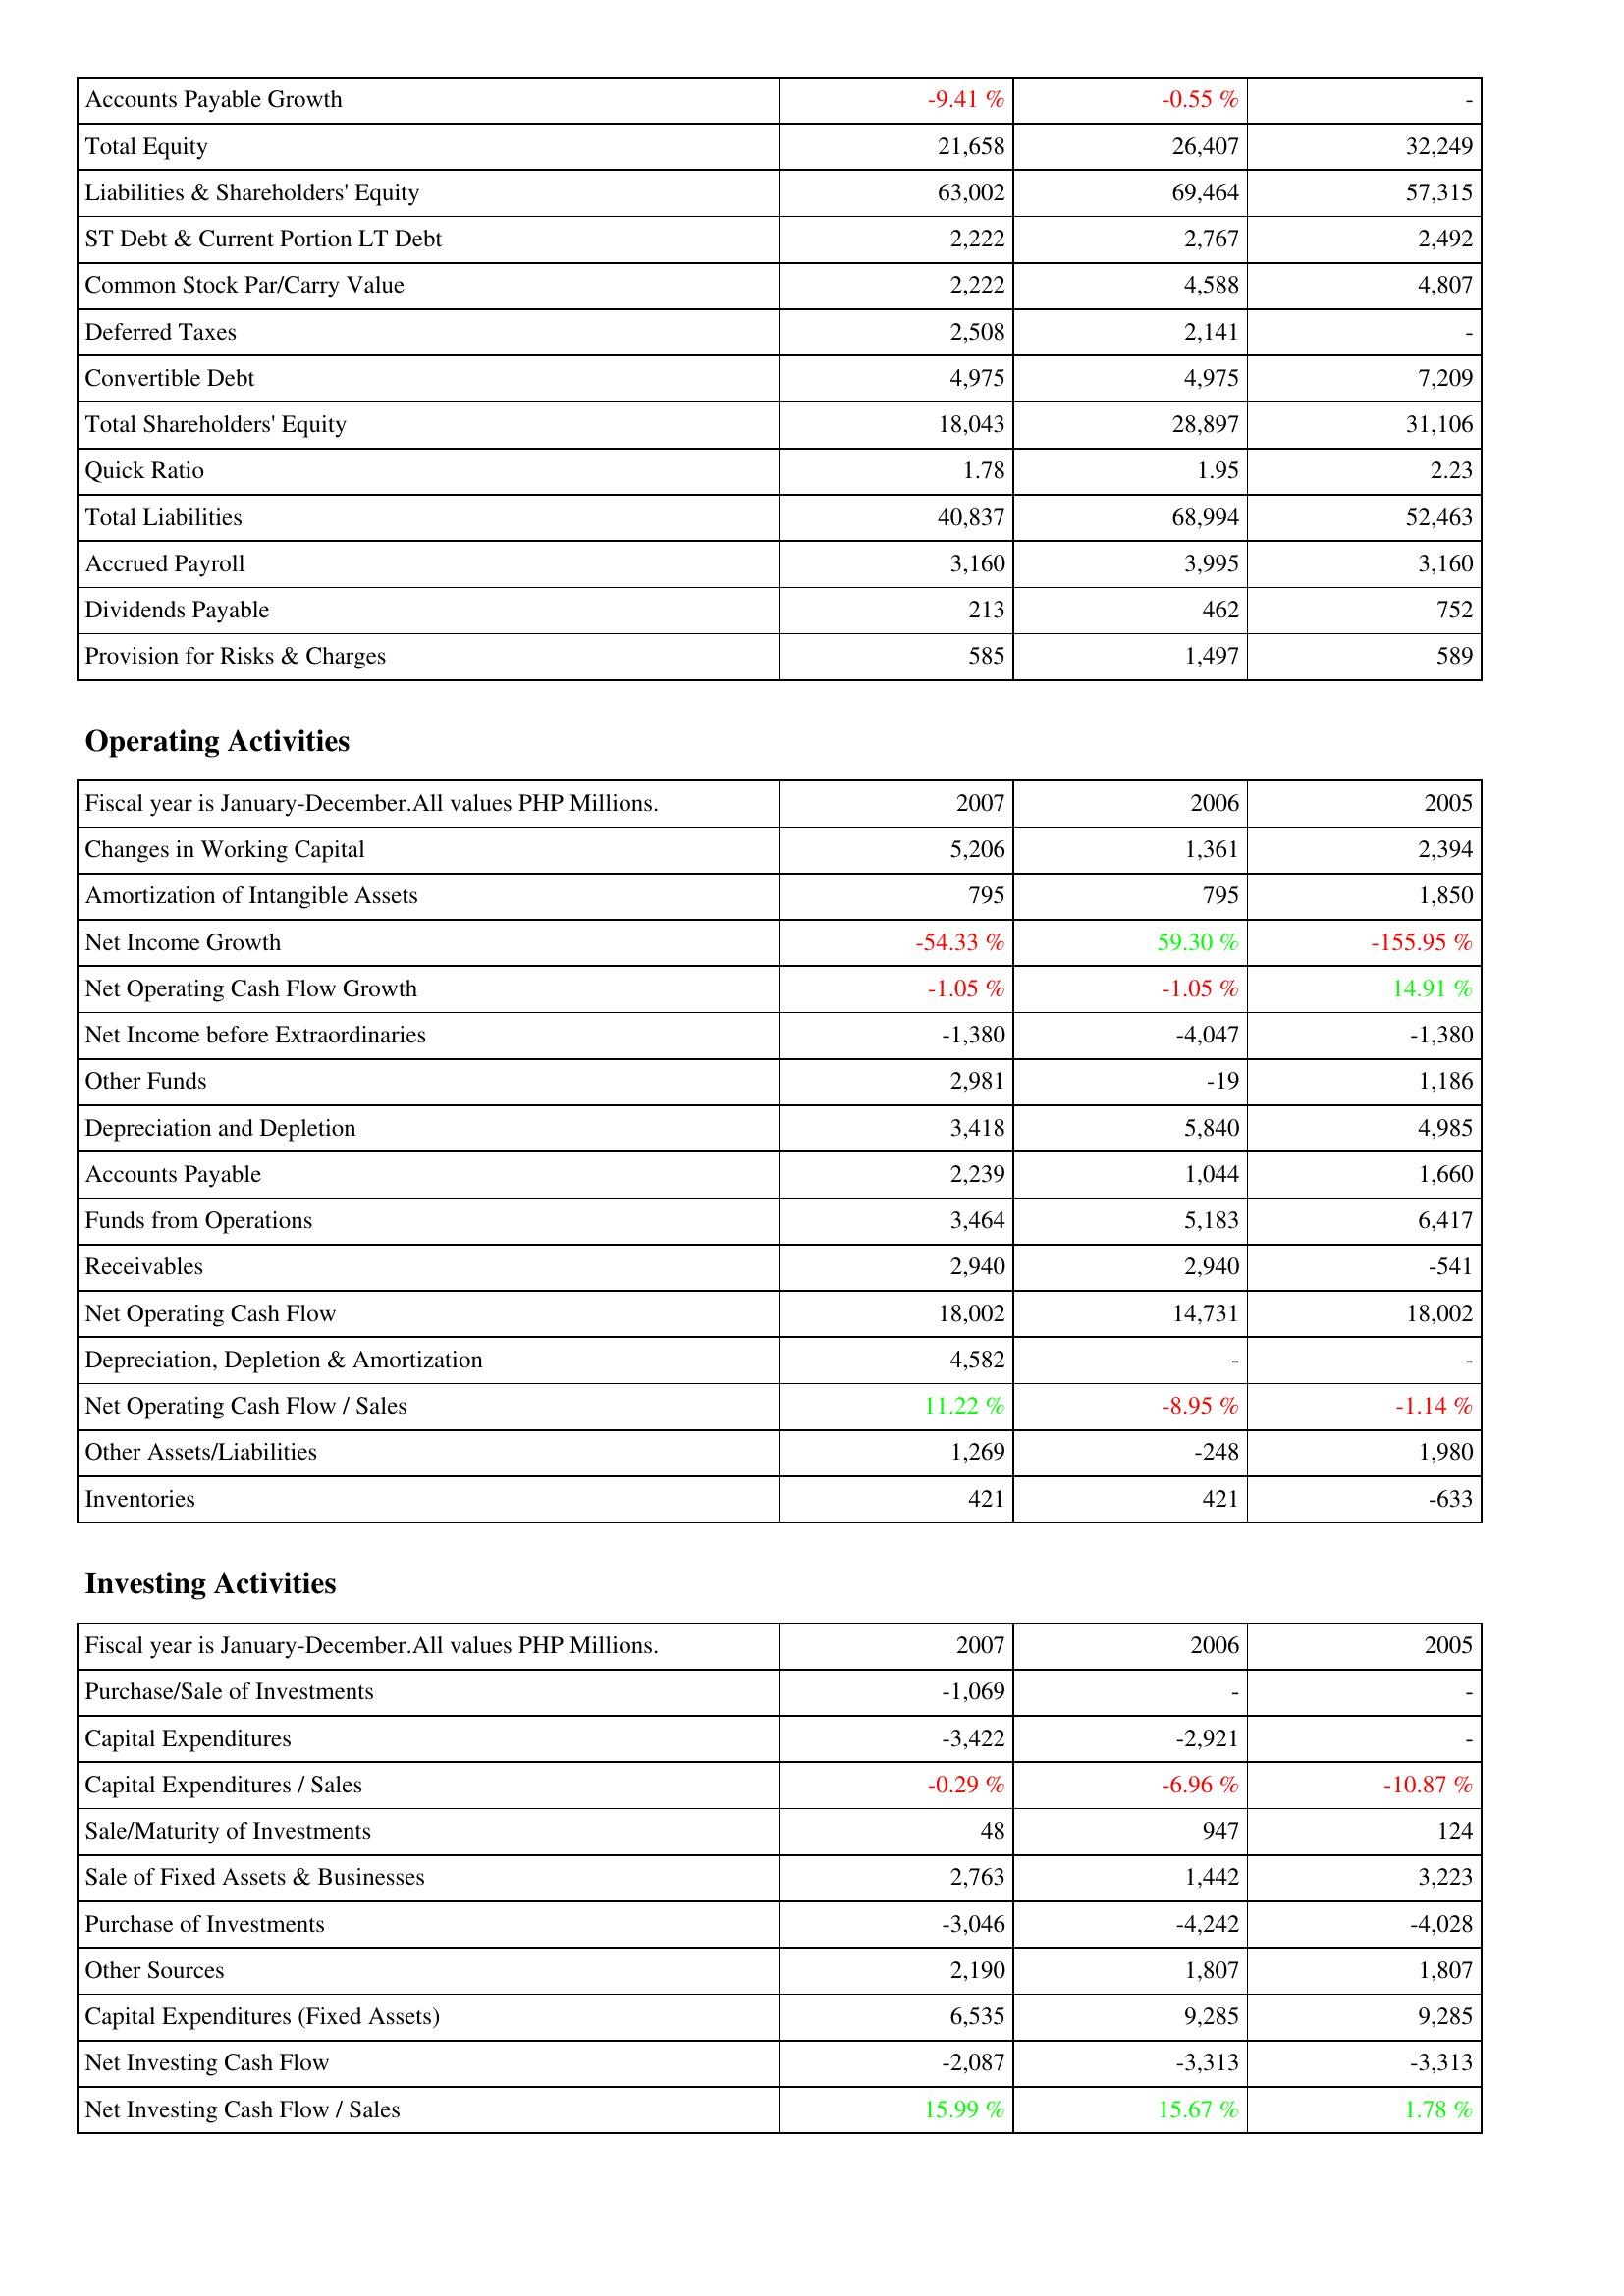
2007: Liabilities & Shareholders' Equity: Accounts Payable Growth: -9.41 %
Total Equity: 21,658
Liabilities & Shareholders' Equity: 63,002
ST Debt & Current Portion LT Debt: 2,222
Common Stock Par/Carry Value: 2,222
Deferred Taxes: 2,508
Convertible Debt: 4,975
Total Shareholders' Equity: 18,043
Quick Ratio: 1.78
Total Liabilities: 40,837
Accrued Payroll: 3,160
Dividends Payable: 213
Provision for Risks & Charges: 585
Operating Activities: Changes in Working Capital: 5,206
Amortization of Intangible Assets: 795
Net Income Growth: -54.33 %
Net Operating Cash Flow Growth: -1.05 %
Net Income before Extraordinaries: -1,380
Other Funds: 2,981
Depreciation and Depletion: 3,418
Accounts Payable: 2,239
Funds from Operations: 3,464
Receivables: 2,940
Net Operating Cash Flow: 18,002
Depreciation, Depletion & Amortization: 4,582
Net Operating Cash Flow / Sales: 11.22 %
Other Assets/Liabilities: 1,269
Inventories: 421
Investing Activities: Purchase/Sale of Investments: -1,069
Capital Expenditures: -3,422
Capital Expenditures / Sales: -0.29 %
Sale/Maturity of Investments: 48
Sale of Fixed Assets & Businesses: 2,763
Purchase of Investments: -3,046
Other Sources: 2,190
Capital Expenditures (Fixed Assets): 6,535
Net Investing Cash Flow: -2,087
Net Investing Cash Flow / Sales: 15.99 %
2006: Liabilities & Shareholders' Equity: Accounts Payable Growth: -0.55 %
Total Equity: 26,407
Liabilities & Shareholders' Equity: 69,464
ST Debt & Current Portion LT Debt: 2,767
Common Stock Par/Carry Value: 4,588
Deferred Taxes: 2,141
Convertible Debt: 4,975
Total Shareholders' Equity: 28,897
Quick Ratio: 1.95
Total Liabilities: 68,994
Accrued Payroll: 3,995
Dividends Payable: 462
Provision for Risks & Charges: 1,497
Operating Activities: Changes in Working Capital: 1,361
Amortization of Intangible Assets: 795
Net Income Growth: 59.30 %
Net Operating Cash Flow Growth: -1.05 %
Net Income before Extraordinaries: -4,047
Other Funds: -19
Depreciation and Depletion: 5,840
Accounts Payable: 1,044
Funds from Operations: 5,183
Receivables: 2,940
Net Operating Cash Flow: 14,731
Depreciation, Depletion & Amortization: -
Net Operating Cash Flow / Sales: -8.95 %
Other Assets/Liabilities: -248
Inventories: 421
Investing Activities: Purchase/Sale of Investments: -
Capital Expenditures: -2,921
Capital Expenditures / Sales: -6.96 %
Sale/Maturity of Investments: 947
Sale of Fixed Assets & Businesses: 1,442
Purchase of Investments: -4,242
Other Sources: 1,807
Capital Expenditures (Fixed Assets): 9,285
Net Investing Cash Flow: -3,313
Net Investing Cash Flow / Sales: 15.67 %
2005: Liabilities & Shareholders' Equity: Accounts Payable Growth: -
Total Equity: 32,249
Liabilities & Shareholders' Equity: 57,315
ST Debt & Current Portion LT Debt: 2,492
Common Stock Par/Carry Value: 4,807
Deferred Taxes: -
Convertible Debt: 7,209
Total Shareholders' Equity: 31,106
Quick Ratio: 2.23
Total Liabilities: 52,463
Accrued Payroll: 3,160
Dividends Payable: 752
Provision for Risks & Charges: 589
Operating Activities: Changes in Working Capital: 2,394
Amortization of Intangible Assets: 1,850
Net Income Growth: -155.95 %
Net Operating Cash Flow Growth: 14.91 %
Net Income before Extraordinaries: -1,380
Other Funds: 1,186
Depreciation and Depletion: 4,985
Accounts Payable: 1,660
Funds from Operations: 6,417
Receivables: -541
Net Operating Cash Flow: 18,002
Depreciation, Depletion & Amortization: -
Net Operating Cash Flow / Sales: -1.14 %
Other Assets/Liabilities: 1,980
Inventories: -633
Investing Activities: Purchase/Sale of Investments: -
Capital Expenditures: -
Capital Expenditures / Sales: -10.87 %
Sale/Maturity of Investments: 124
Sale of Fixed Assets & Businesses: 3,223
Purchase of Investments: -4,028
Other Sources: 1,807
Capital Expenditures (Fixed Assets): 9,285
Net Investing Cash Flow: -3,313
Net Investing Cash Flow / Sales: 1.78 %